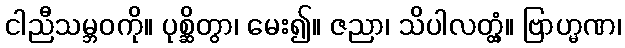
ငါညီသမ္ဘဝကို။ ပုစ္ဆိတွာ၊ မေး၍။ ဇညာ၊ သိပါလတ္တံ့။ ဗြာဟ္မဏ၊